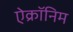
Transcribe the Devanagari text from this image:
ऐक्रॉनिम